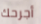
أجرحك